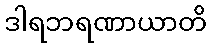
ဒါရဘရဏာယာတိ